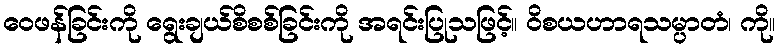
ဝေဖန်ခြင်းကို ရွေးချယ်စိစစ်ခြင်းကို အရင်းပြုသဖြင့်။ ဝိစယဟာရသမ္ပာတံ၊ ကို။